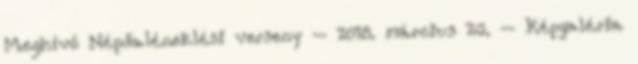
Meghívó Népdaléneklési verseny – 2018. március 26. – Képgaléria